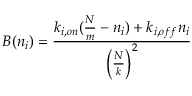
B ( n _ { i } ) = \frac { k _ { i , o n } ( \frac { N } { m } - n _ { i } ) + k _ { i , o f f } n _ { i } } { \left( \frac { N } { k } \right) ^ { 2 } }